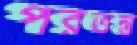
পরতন্ত্র